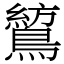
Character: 鶭